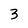
Character: 3